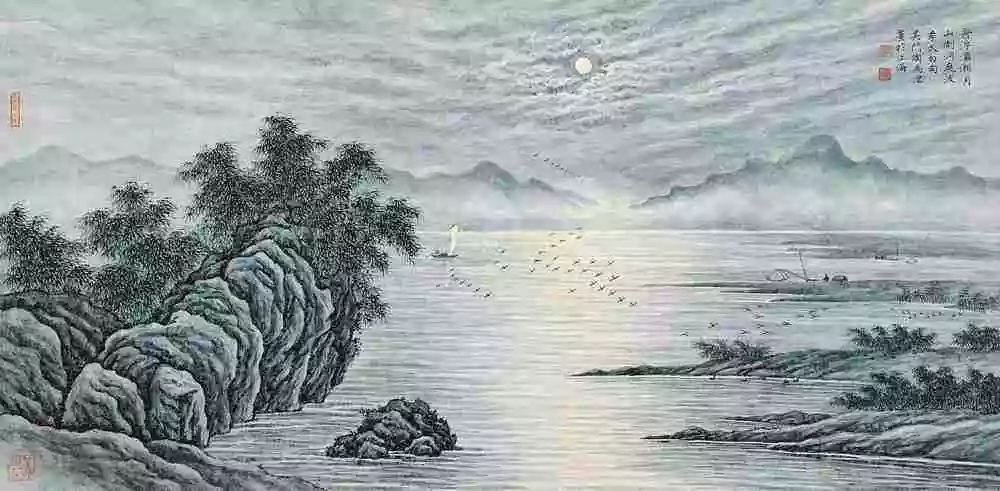
凭高眺远，见长空万里，云无留迹。